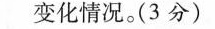
变化情况。(3分)